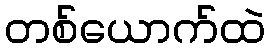
တစ်ယောက်ထဲ